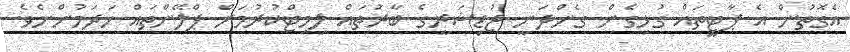
އެގޮތުން އެ ޕާޓީތައް ގުޅިގެން ގެންދަނީ ޖުޑިޝަރީގެ ބާރުތައް ލިމިޓްކުރުމަށް ޕްލޭންތައް ހަދަމުންނެވެ.